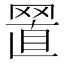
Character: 𦋘